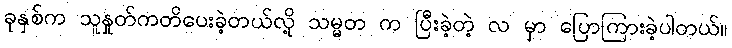
ခုနှစ်က သူနှုတ်ကတိပေးခဲ့တယ်လို့ သမ္မတ က ပြီးခဲ့တဲ့ လ မှာ ပြောကြားခဲ့ပါတယ်။